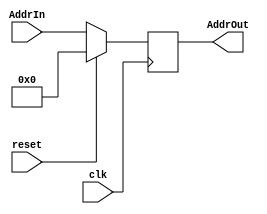
module PC(clk,reset,AddrIn,AddrOut);
  input clk;
  input reset;  
  input[15:0] AddrIn;
  output[15:0] AddrOut;

  reg[15:0] R;
  assign AddrOut=R;
  always @(posedge clk)
    if (reset) R<=0;
    else R<=AddrIn;
endmodule